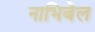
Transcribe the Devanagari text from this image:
नाभिबेल